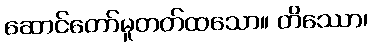
ဆောင်တော်မူတတ်ထသော။ တိဿော၊